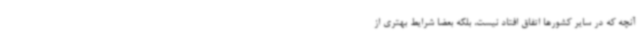
آنچه که در سایر کشورها اتفاق افتاد نیست، بلکه بعضا شرایط بهتری از